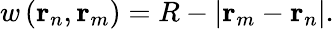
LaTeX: w\left(\mathbf{r}_{n},\mathbf{r}_{m}\right)=R-\left|\mathbf{r}_{m}-\mathbf{r}_{n}\right|.